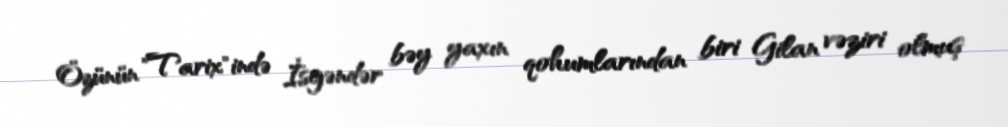
Özünün "Tarix"ində İsgəndər bəy yaxın qohumlarından biri Gilan vəziri olmuş